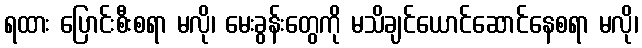
ရထား ပြောင်းစီးစရာ မလို၊ မေးခွန်းတွေကို မသိချင်ယောင်ဆောင်နေစရာ မလို၊